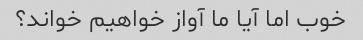
خوب اما آیا ما آواز خواهیم خواند؟